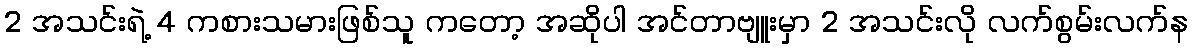
2 အသင်းရဲ့ 4 ကစားသမားဖြစ်သူ ကတော့ အဆိုပါ အင်တာဗျူးမှာ 2 အသင်းလို လက်စွမ်းလက်န